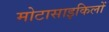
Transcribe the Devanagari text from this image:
मोटासाइकिलों